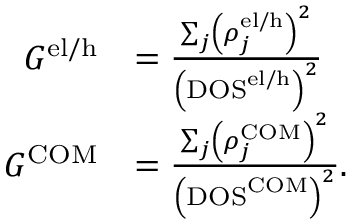
\begin{array} { r l } { G ^ { \mathrm { e l / h } } } & { = \frac { \sum _ { j } \left( \rho _ { j } ^ { \mathrm { e l / h } } \right) ^ { 2 } } { \left( \mathrm { D O S } ^ { \mathrm { e l / h } } \right) ^ { 2 } } } \\ { G ^ { \mathrm { C O M } } } & { = \frac { \sum _ { j } \left( \rho _ { j } ^ { \mathrm { C O M } } \right) ^ { 2 } } { \left( \mathrm { D O S } ^ { \mathrm { C O M } } \right) ^ { 2 } } . } \end{array}